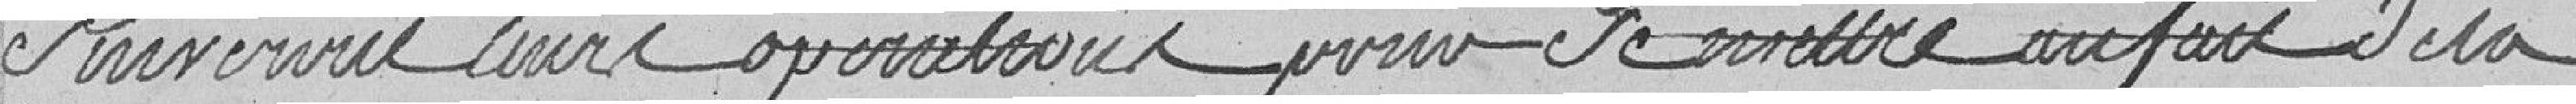
suivront leurs opérations pour se mettre au fait de la